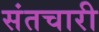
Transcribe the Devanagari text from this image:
संतचारी